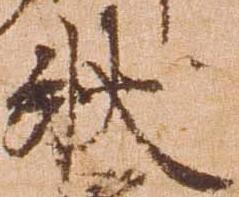
状